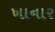
ખાનાર